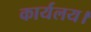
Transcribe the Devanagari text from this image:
कार्यलय।